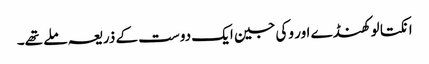
انکتا لوکھنڈے اور وکی جین ایک دوست کے ذریعہ ملے تھے۔